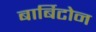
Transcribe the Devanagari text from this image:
बार्बिटोन